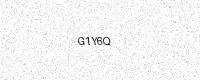
Text: G1Y6Q